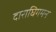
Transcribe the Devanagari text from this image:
दाराघिगमन